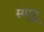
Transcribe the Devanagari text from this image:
संमृद्ध्